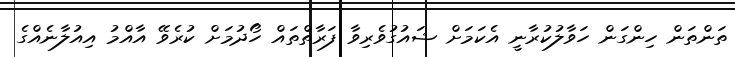
ތަންތަން ހިންގަން ހަވާލުކުރާނީ އެކަމަށް ޝައުގުވެރިވާ ފަރާތްތައް ހޯދުމަށް ކުރެވޭ އާއްމު އިއުލާނެއްގެ